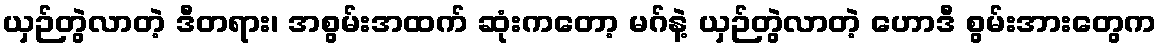
ယှဉ်တွဲလာတဲ့ ဒီတရား၊ အစွမ်းအထက် ဆုံးကတော့ မဂ်နဲ့ ယှဉ်တွဲလာတဲ့ ဟောဒီ စွမ်းအားတွေက